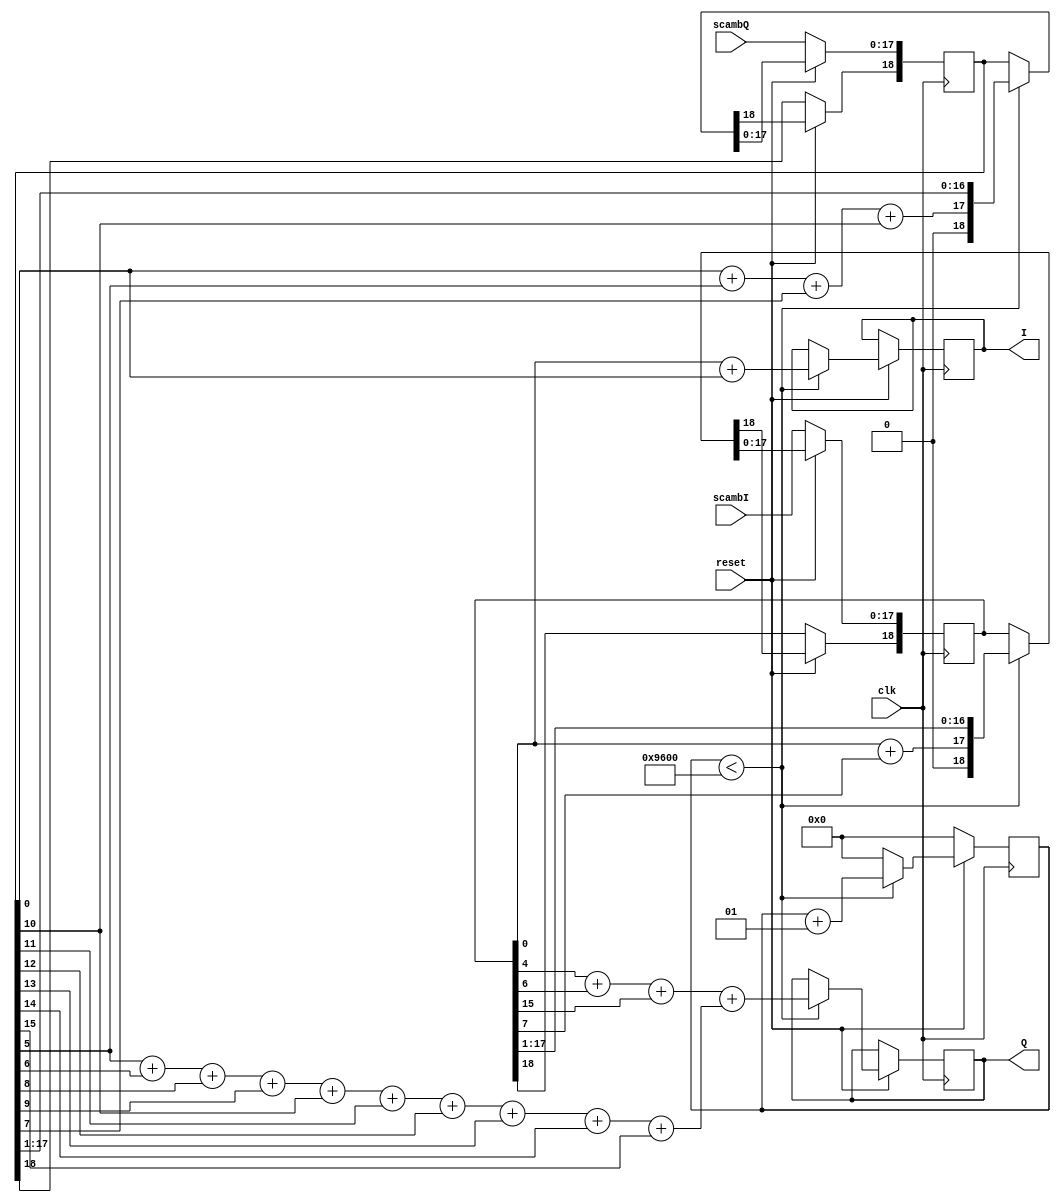
`timescale 1ns / 1ps
//////////////////////////////////////////////////////////////////////////////////
// Company: 
// Engineer: 
// 
// Design Name: 
// Module Name:    Dscamb 
// Project Name: 
// Target Devices: 
// Tool versions: 
// Description: 
//
// Dependencies: 
//
// Revision: 
// Revision 0.01 - File Created
// Additional Comments: 
//
//////////////////////////////////////////////////////////////////////////////////
module Dscamb(clk, reset, scambI, scambQ, I, Q);
input clk, reset;
input [17: 0] scambI, scambQ;
output I, Q;

reg I, Q;
integer i;
reg [18:0] scamI, scamQ;

always @(posedge clk) begin
   if(!reset) begin
		scamI[17:0] = scambI;
		scamQ[17:0] = scambQ;
      i = 0;
   end
	else begin
		if(i<38400) begin
			I = scamI[0] + scamQ[0];
			Q = (scamI[4] + scamI[6]+ scamI[15]) + (scamQ[5]+ scamQ[6] + 
			    scamQ[8]+ scamQ[9] + scamQ[10] + scamQ[11] + scamQ[12]+ 
				 scamQ[13] + scamQ[14] + scamQ[15]) ;
			scamI[18] = scamI[0] + scamI[7];
			scamQ[18] = scamQ [0] + scamQ[5] + scamQ[7] + scamQ[10];
			scamI = scamI>>1;
			scamQ = scamQ>>1;
			i = i + 1;
	end
	else
			i = 0;
	end
end

endmodule